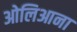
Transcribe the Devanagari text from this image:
ओलिआना